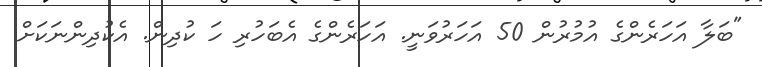
"ބަލާ އަހަރެންގެ އުމުރުން 50 އަހަރުވަނީ. އަހަރެންގެ އެބަހުރި ހަ ކުދިން. އެކުދިންނަކަށް